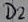
Text: D2